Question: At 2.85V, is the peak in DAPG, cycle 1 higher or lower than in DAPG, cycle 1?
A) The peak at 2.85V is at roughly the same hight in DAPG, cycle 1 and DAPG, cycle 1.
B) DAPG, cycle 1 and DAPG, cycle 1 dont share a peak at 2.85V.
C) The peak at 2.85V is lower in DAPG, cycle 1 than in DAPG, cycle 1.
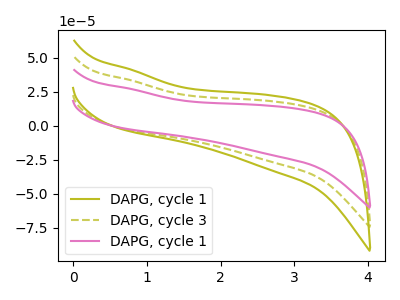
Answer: <think>The olive curve "DAPG, cycle 1" has no peaks. The olive dashed curve "DAPG, cycle 3" has no peaks. The pink curve "DAPG, cycle 1" has no peaks.</think>
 <answer>B) "DAPG, cycle 1" and "DAPG, cycle 1" dont share a peak at 2.85V.</answer>
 <eval>B</eval>